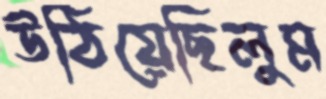
উঠিয়েছিলুম